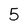
Character: 5